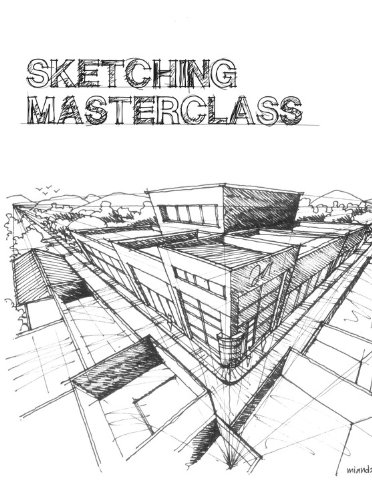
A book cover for Sketching Masterclass; Ruzaimi Mat Rani; Arts & Photography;